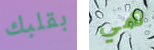
بقلبك هي